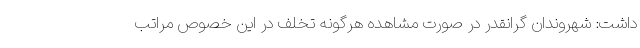
داشت: شهروندان گرانقدر در صورت مشاهده هرگونه تخلف در این خصوص مراتب